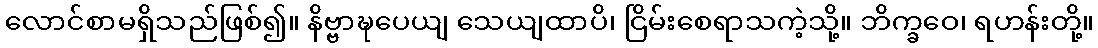
လောင်စာမရှိသည်ဖြစ်၍။ နိဗ္ဗာဍ္ဎပေယျ သေယျထာပိ၊ ငြိမ်းစေရာသကဲ့သို့။ ဘိက္ခဝေ၊ ရဟန်းတို့။